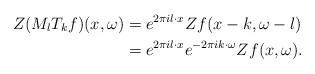
LaTeX: \begin{align*}Z(M_l T_k f)(x,\omega) & = e^{2 \pi i l \cdot x} Zf(x-k,\omega-l)\\& = e^{2 \pi i l \cdot x} e^{-2 \pi i k \cdot \omega} Zf(x,\omega).\end{align*}